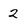
Character: 2